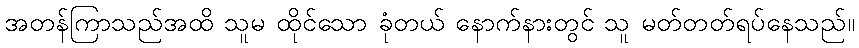
အတန်ကြာသည်အထိ သူမ ထိုင်သော ခုံတယ် နောက်နားတွင် သူ မတ်တတ်ရပ်နေသည်။